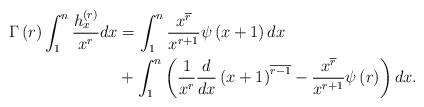
LaTeX: \begin{align*}\Gamma\left( r\right) \int_{1}^{n}\frac{h_{x}^{\left( r\right) }}{x^{r}}dx & =\int_{1}^{n}\frac{x^{\overline{r}}}{x^{r+1}}\psi\left( x+1\right)dx\\& +\int_{1}^{n}\left( \frac{1}{x^{r}}\frac{d}{dx}\left( x+1\right)^{\overline{r-1}}-\frac{x^{\overline{r}}}{x^{r+1}}\psi\left( r\right)\right) dx.\end{align*}